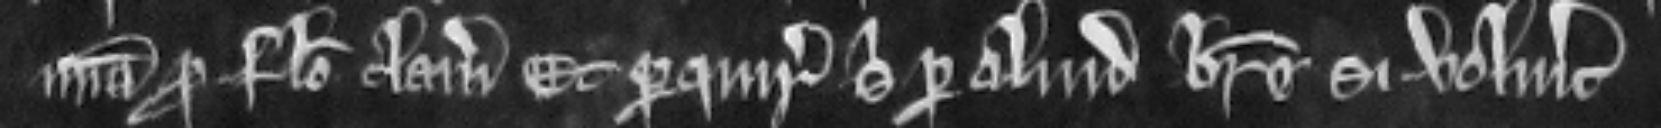
misericordia pro falso clamore. Et perquirat sibi per aliud breve si voluerit.